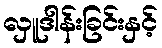
လှူဒါန်းခြင်းနှင့်